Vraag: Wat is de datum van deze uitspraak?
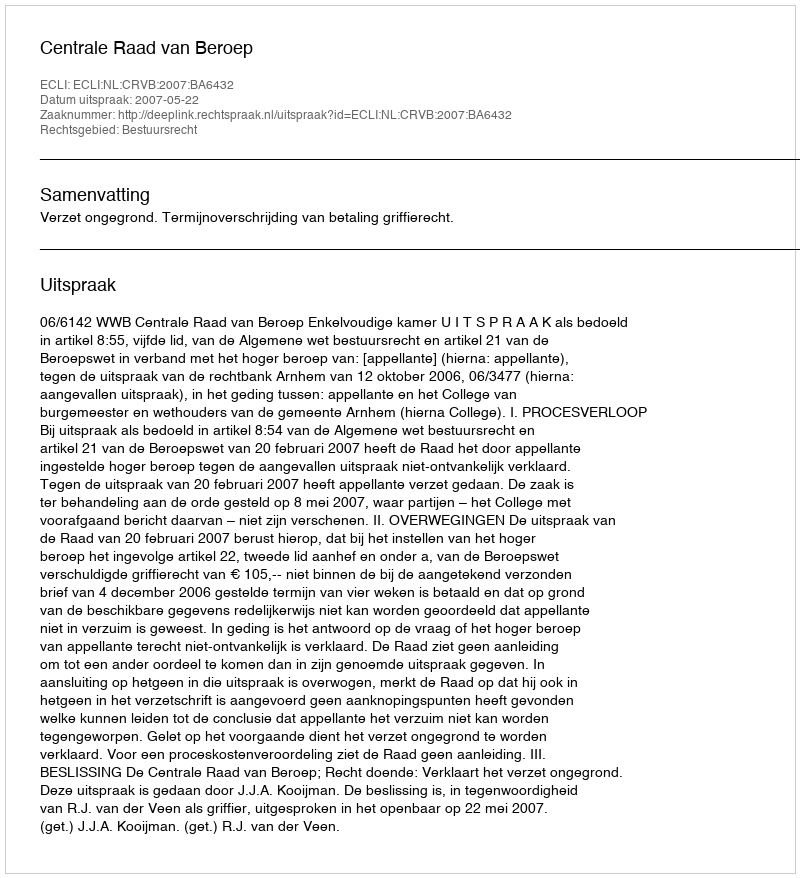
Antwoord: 2007-05-22